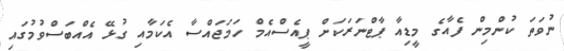
ނުވަތަ ކުންމިން ފެއާގެ މީޑިއާ ޕާޓްނަރަކަށް ޕީއެސްއެމް ހަމަޖައްސާ އެކަމާއި ގުޅޭ އެއްބަސްވުމުގައި